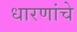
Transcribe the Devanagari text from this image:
धारणांचे